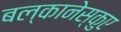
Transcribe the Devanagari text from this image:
बल्कानेस्कुए